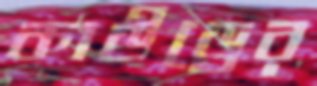
কাউড্রের